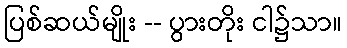
ပြစ်ဆယ်မျိုး -- ပွားတိုး ငါ၌သာ။